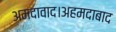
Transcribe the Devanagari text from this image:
अमदावाद।अहमदाबाद